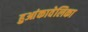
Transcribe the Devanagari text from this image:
हुआंकावेलिका